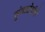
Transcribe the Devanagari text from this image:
मुंबादेवीचे